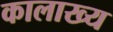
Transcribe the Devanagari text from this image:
कालाख्य